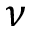
\nu